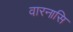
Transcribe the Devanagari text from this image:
वारनासि